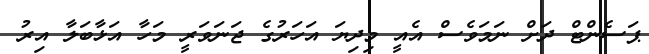
ޕަސެންޓް ދަށް ނަމަވެސް އެއީ މިދިޔަ އަހަރުގެ ޖަނަވަރީ މަހާ އަޅާބަލާ އިރު